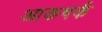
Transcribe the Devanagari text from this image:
आकषर्क